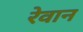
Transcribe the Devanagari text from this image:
रेवान